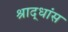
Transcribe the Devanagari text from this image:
श्राद्धांस